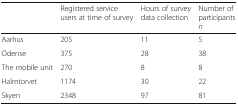
<table><thead><tr><td></td><td><b>Registered service users at time of survey</b></td><td><b>Hours of survey data collection</b></td><td><b>Number of participants<i>n</i></b></td></tr></thead><tbody><tr><td>Aarhus</td><td>205</td><td>11</td><td>5</td></tr><tr><td>Odense</td><td>375</td><td>28</td><td>38</td></tr><tr><td>The mobile unit</td><td>270</td><td>8</td><td>8</td></tr><tr><td>Halmtorvet</td><td>1174</td><td>30</td><td>22</td></tr><tr><td>Skyen</td><td>2348</td><td>97</td><td>81</td></tr></tbody></table>